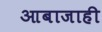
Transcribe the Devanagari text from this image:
आबाजाही